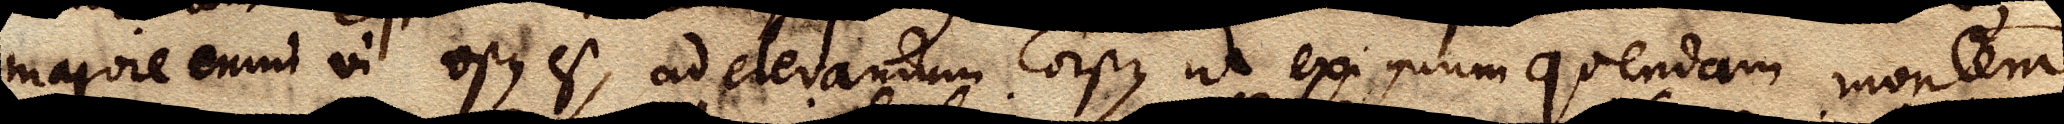
majore enim vi opus est, ad elevandum corpus, ut exiguum quendam montem